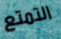
التمتع